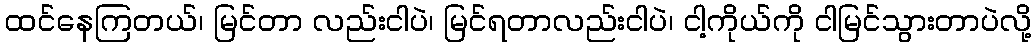
ထင်နေကြတယ်၊ မြင်တာ လည်းငါပဲ၊ မြင်ရတာလည်းငါပဲ၊ ငါ့ကိုယ်ကို ငါမြင်သွားတာပဲလို့